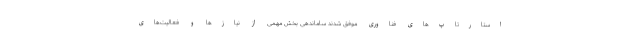
استارتاپ‌های فناوری موفق شدند ساماندهی بخش مهمی از نیازها و فعالیت‌های